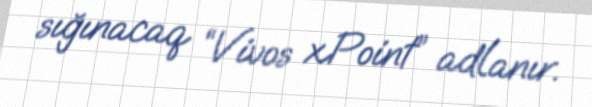
sığınacaq “Vivos xPoint” adlanır.